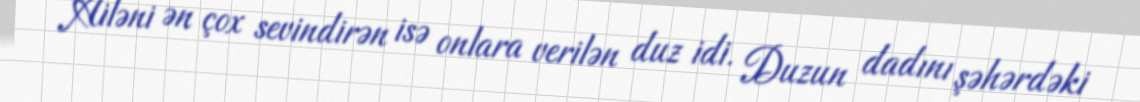
Ailəni ən çox sevindirən isə onlara verilən duz idi. Duzun dadını şəhərdəki